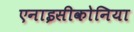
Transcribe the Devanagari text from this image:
एनाइसीकोनिया